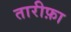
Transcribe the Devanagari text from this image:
तारीफ़ा